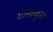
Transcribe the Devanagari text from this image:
धनिककृत